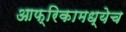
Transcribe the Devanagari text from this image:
आफ्रिकामध्येच